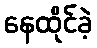
နေထိုင်ခဲ့